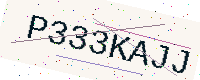
Text: P333KAJJ